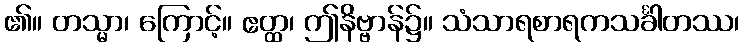
၏။ တသ္မာ၊ ကြောင့်။ ဧတ္ထ၊ ဤနိဗ္ဗာန်၌။ သံသာရစာရကသင်္ခါတဿ၊